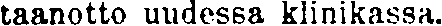
taanotto uudessa klinikassa.